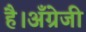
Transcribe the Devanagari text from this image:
है।अँग्रेजी